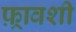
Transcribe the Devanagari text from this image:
फ़्रावशी